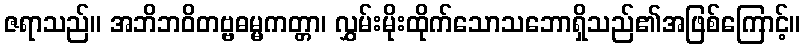
ဇရာသည်။ အဘိဘဝိတဗ္ဗဓမ္မကတ္တာ၊ လွှမ်းမိုးထိုက်သောသဘောရှိသည်၏အဖြစ်ကြောင့်။